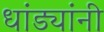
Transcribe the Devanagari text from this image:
धांड्यांनी